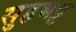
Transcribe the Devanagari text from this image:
सुहभट्ट